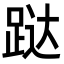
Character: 跶